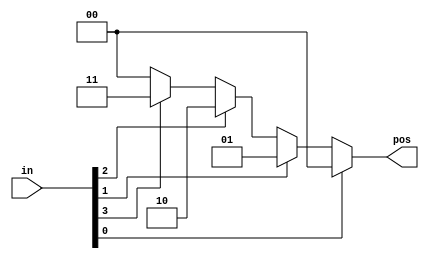
module top_module
(
    input   [3:0]   in,
    
    output  reg [1:0]   pos  
    
);

    
    always @(*)begin
        if(in[0])begin
            pos = 2'd0;
        end
        else if (in[1]) begin
            pos = 2'd1;
        end
        else if (in[2]) begin
            pos = 2'd2;
        end
        else if (in[3]) begin
            pos = 2'd3;
        end
        else begin
            pos = 2'd0;
        end
    end
    
    
endmodule //top_